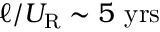
\ell / U _ { \mathrm { R } } \sim 5 ~ \mathrm { y r s }